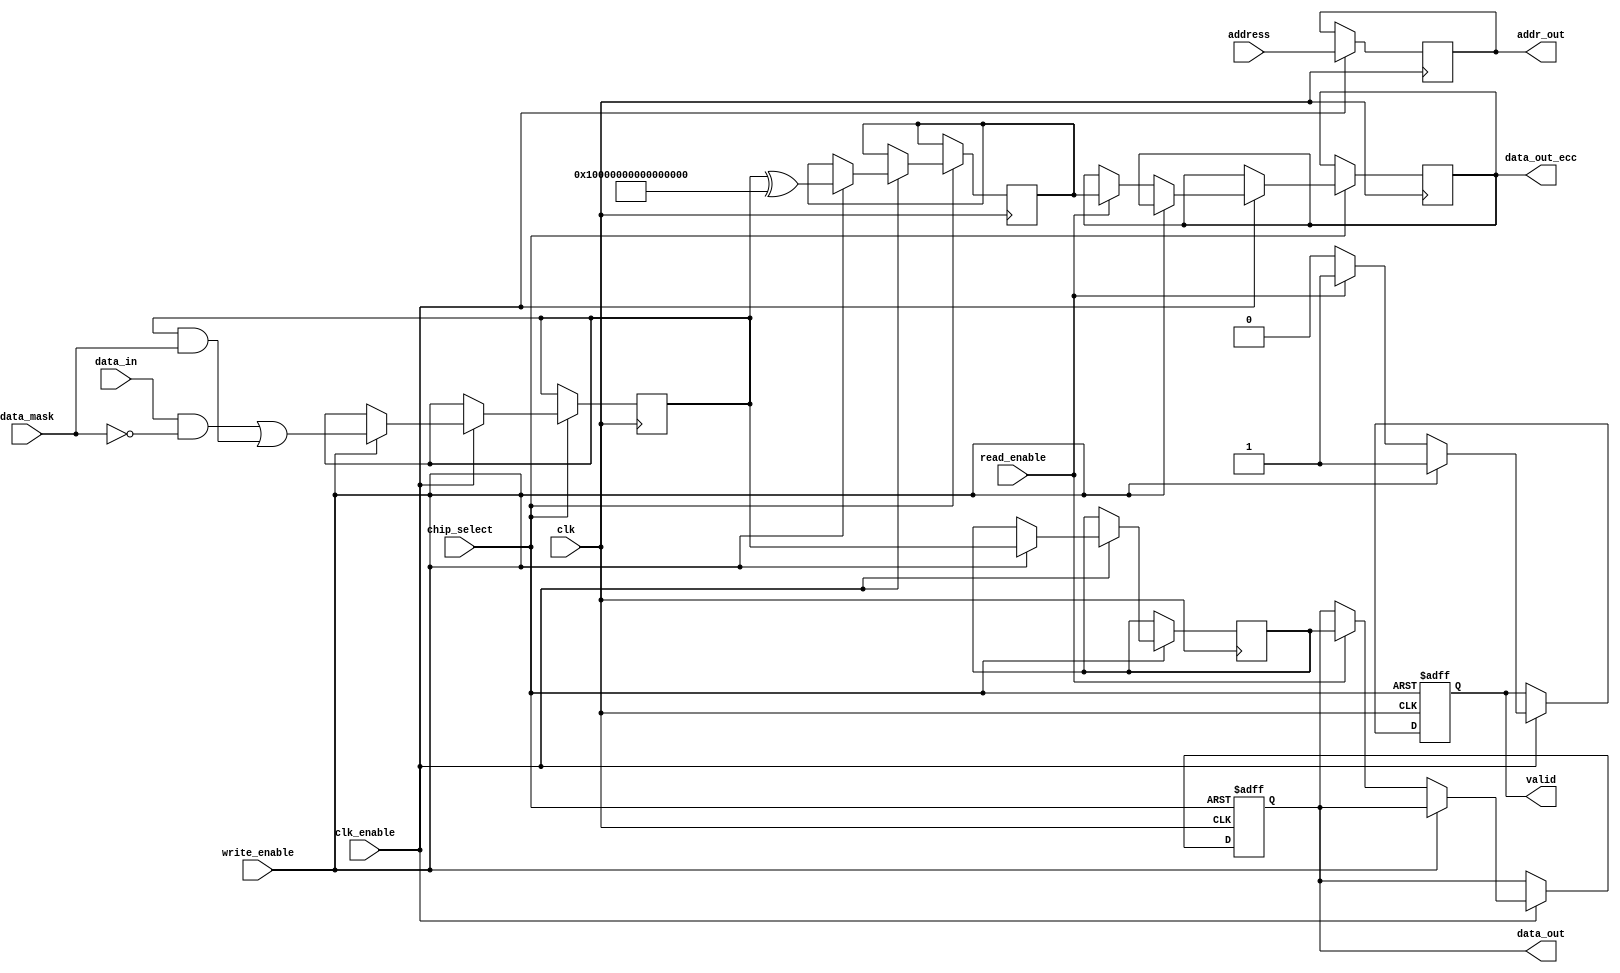
module MobileDDR_IO_Block (
    input wire clk,                // Clock signal (CK)
    input wire clk_enable,         // Clock enable (CKE)
    input wire chip_select,        // Chip select (CS)
    input wire write_enable,       // Write enable (WE)
    input wire read_enable,        // Read enable (RE)
    input wire [DQ_WIDTH-1:0] data_in,  // Data input (DQ)
    output reg [DQ_WIDTH-1:0] data_out, // Data output (DQ)
    input wire [DM_WIDTH-1:0] data_mask, // Data mask (DM)
    input wire [ADDR_WIDTH-1:0] address, // Address bus
    output reg valid,              // Valid signal for output data
    output reg [ADDR_WIDTH-1:0] addr_out, // Address output
    output reg [DQ_WIDTH-1:0] data_out_ecc // Data output with ECC
);

parameter DQ_WIDTH = 64;         // Data width (e.g., 64 bits)
parameter DM_WIDTH = 8;          // Data mask width
parameter ADDR_WIDTH = 16;       // Address width (e.g., 16 bits)

// Internal signals
reg [DQ_WIDTH-1:0] internal_data;
reg [DQ_WIDTH-1:0] ecc_data;     // ECC data
reg [DQ_WIDTH-1:0] data_buffer;   // Buffer for data

// Error Correction Code (ECC) generation (simple example)
function [DQ_WIDTH-1:0] generate_ecc(input [DQ_WIDTH-1:0] data);
    // Simple parity-based ECC for demonstration
    generate_ecc = data ^ {DQ_WIDTH{1'b1}}; // Invert data as an example
endfunction

// Main I/O operation
always @(posedge clk or negedge chip_select) begin
    if (!chip_select) begin
        // Chip is disabled
        data_out <= 0;
        valid <= 0;
    end else if (clk_enable) begin
        // Data write operation
        if (write_enable) begin
            // Apply data mask
            data_buffer <= (data_in & ~data_mask) | (data_buffer & data_mask);
            internal_data <= data_buffer;
            ecc_data <= generate_ecc(data_buffer);
            valid <= 1;
        end
        // Data read operation
        else if (read_enable) begin
            data_out <= internal_data;
            data_out_ecc <= ecc_data;
            valid <= 1;
        end else begin
            valid <= 0; // No operation
        end
    end
end

// Address output logic
always @(posedge clk) begin
    if (clk_enable) begin
        addr_out <= address; // Pass the address to output
    end
end

endmodule